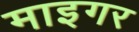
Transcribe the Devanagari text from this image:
माइगर